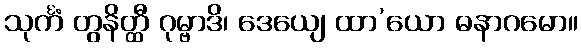
သုင်္ကံ တွနိတ္ထီ ဂုမ္ဗာဒိ၊ ဒေယျေ ထာ’ယော ဓနာဂမော။